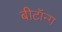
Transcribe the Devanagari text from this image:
बीटॉन्ग